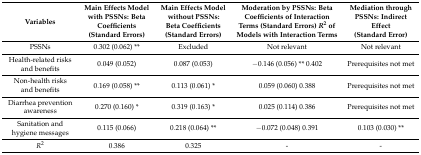
<table><thead><tr><td><b>Variables</b></td><td><b>Main Effects Model with PSSNs: Beta Coefficients (Standard Errors)</b></td><td><b>Main Effects Model without PSSNs: Beta Coefficients (Standard Errors)</b></td><td><b>Moderation by PSSNs: Beta Coefficients of Interaction Terms (Standard Errors) <i>R</i><sup>2</sup> of Models with Interaction Terms</b></td><td><b>Mediation through PSSNs: Indirect Effect (Standard Error)</b></td></tr></thead><tbody><tr><td>PSSNs</td><td>0.302 (0.062) **</td><td>Excluded</td><td>Not relevant</td><td>Not relevant</td></tr><tr><td>Health-related risks and benefits</td><td>0.049 (0.052)</td><td>0.087 (0.053)</td><td>−0.146 (0.056) ** 0.402</td><td>Prerequisites not met</td></tr><tr><td>Non-health risks and benefits</td><td>0.169 (0.058) **</td><td>0.113 (0.061) *</td><td>0.059 (0.060) 0.388</td><td>Prerequisites not met</td></tr><tr><td>Diarrhea prevention awareness</td><td>0.270 (0.160) *</td><td>0.319 (0.163) *</td><td>0.025 (0.114) 0.386</td><td>Prerequisites not met</td></tr><tr><td>Sanitation and hygiene messages</td><td>0.115 (0.066)</td><td>0.218 (0.064) **</td><td>−0.072 (0.048) 0.391</td><td>0.103 (0.030) **</td></tr><tr><td><i>R</i><sup>2</sup></td><td>0.386</td><td>0.325</td><td>-</td><td>-</td></tr></tbody></table>